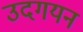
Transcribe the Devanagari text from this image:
उदगयन